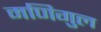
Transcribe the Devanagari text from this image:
मणिगुल